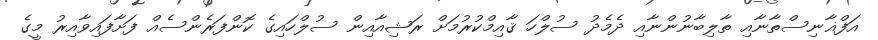
އަފްޣާނިސްތާނާއި ތާލިބާނުންނާއި ދެމެދު ސުލްހަ ޤާއިމްކުރުމަށް ރަޝިއާއިން ސުލްހައިގެ ކޮންފަރެންސެއް ފަށާފައިވާއިރު މީގެ